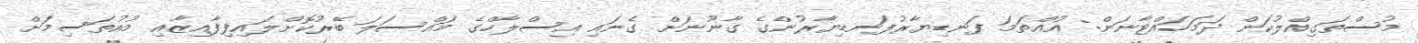
މުސްތަގިއްލުކަން ދަމަހައްޓާނަން: އުއްތަމަ ފަނޑިޔާރުފަނޑިޔާރުންގެ ގާނޫނަށް ގެނައި އިސްލާހްގެ މައްސަލަ ބޭރުކޮށްލައިފިފާއިޒާއި މުއުތަސިމަށް